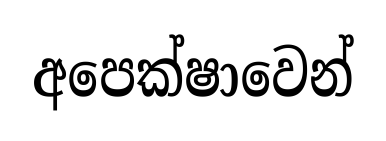
අපෙක්ෂාවෙන්